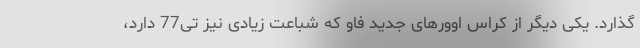
گذارد. یکی دیگر از کراس اوورهای جدید فاو که شباعت زیادی نیز تی77 دارد،